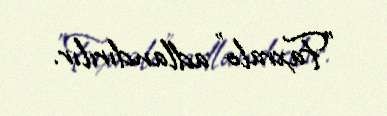
"Faxralo" adlandırılır.